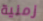
زمنية